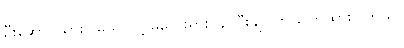
ဦးဆောင်သွားပါမယ် လို့ မလေးရှားဝန်ကြီးချုပ်က ပြောထားပါတယ်။